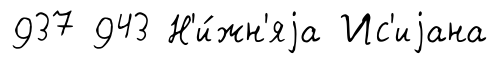
937 943 Н'и́жн'яjа Ис'иjана